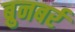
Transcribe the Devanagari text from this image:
ब्रुनबर्र